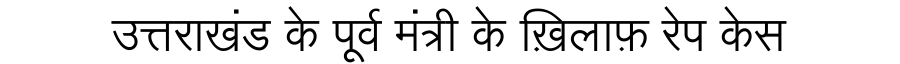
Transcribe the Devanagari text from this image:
उत्तराखंड के पूर्व मंत्री के ख़िलाफ़ रेप केस